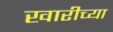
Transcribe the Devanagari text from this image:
खारीच्या